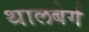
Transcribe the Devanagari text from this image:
थालबेर्ग